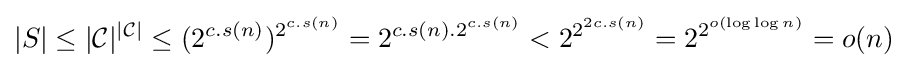
|S|\leq |{\mathcal {C}}|^{|{\mathcal {C}}|}\leq (2^{c.s(n)})^{2^{c.s(n)}}=2^{c.s(n).2^{c.s(n)}}<2^{2^{2c.s(n)}}=2^{2^{o(\log \log n)}}=o(n)